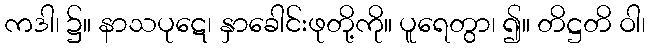
ကဒါ၊ ၌။ နာသပုဋေ၊ နှာခေါင်းဖုတို့ကို။ ပူရေတွာ၊ ၍။ တိဋ္ဌတိ ဝါ၊